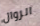
الزوال